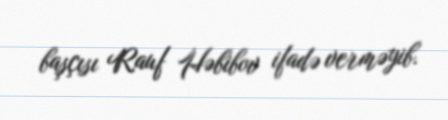
başçısı Rauf Həbibov ifadə verməyib.